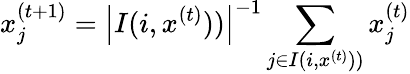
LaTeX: x_{j}^{(t+1)}=\left|I(i,x^{(t)}))\right|^{-1}\sum_{j\in I(i,x^{(t)}))}x_{j}^{(t)}